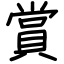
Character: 賞